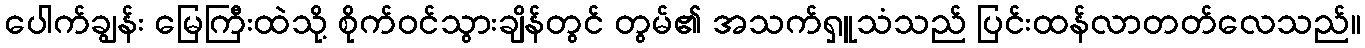
ပေါက်ချွန်း မြေကြီးထဲသို့ စိုက်ဝင်သွားချိန်တွင် တွမ်၏ အသက်ရှူသံသည် ပြင်းထန်လာတတ်လေသည်။